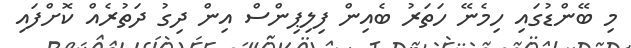
މި ބޭންޑުގައި ހިމެނޭ ހަތަރު ބެއިން ފިލިޕިންސް އިން ދިގު ދަތުރެއް ކޮށްފައި